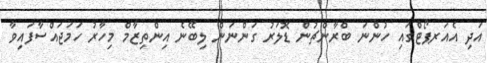
އަދި އެއަރޕޯޓްގައި ހުންނަ ބްރާންޗުން ޑޮލަރު ގަންނަން ލިބޭނެ އިންތިޒާމް މިހާރު ހަމަޖައްސާފައިވާ